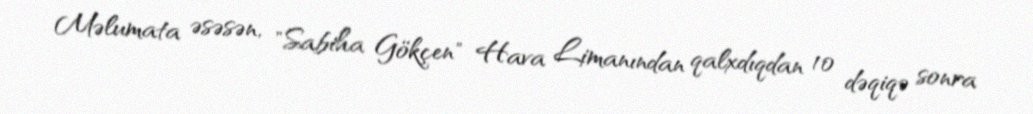
Məlumata əsəsən, "Sabiha Gökçen" Hava Limanından qalxdıqdan 10 dəqiqə sonra